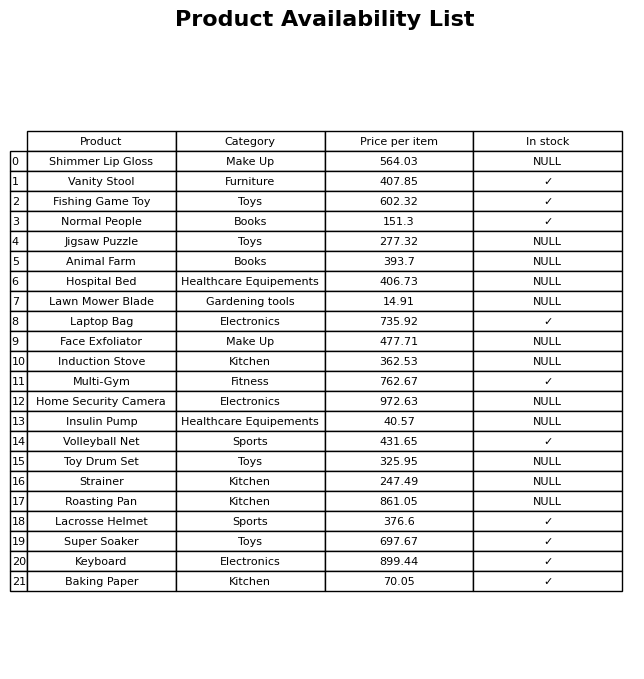
question: What is the price of the Baking Paper?
answer: The price of Baking Paper is 70.05.